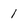
Character: 1